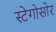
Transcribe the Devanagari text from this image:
स्टेगोसोर